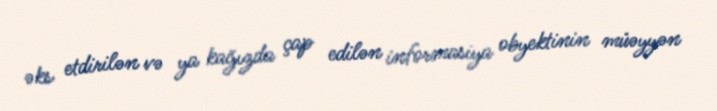
əks etdirilən və ya kağızda çap edilən informasiya obyektinin müəyyən